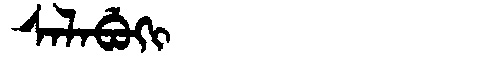
Manchu: ᠰᠠᠯᠠᠪᡠᡴᡳ
Romanization: SALABUKI